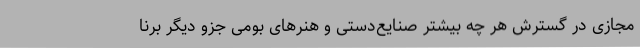
مجازی در گسترش هر چه بیشتر صنایع‌دستی و هنرهای بومی جزو دیگر برنا